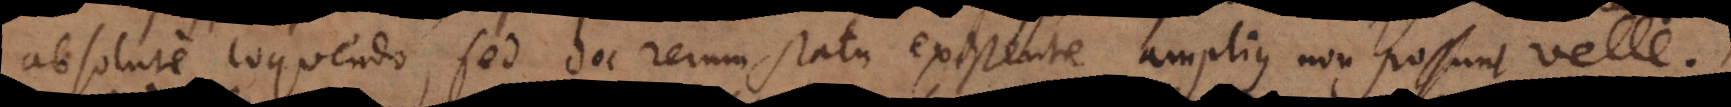
absolute loquendo, sed hoc rerum statu existente amplius non possunt velle.